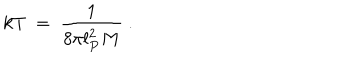
LaTeX: k T \ = \ \frac { 1 } { 8 \pi l _ { P } ^ { 2 } M } \ .